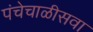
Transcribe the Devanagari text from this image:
पंचेचाळीसवा